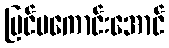
မြင်မကောင်းအောင်